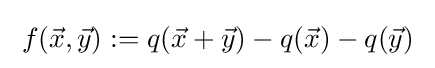
\;f({\vec {x}},{\vec {y}}):=q({\vec {x}}+{\vec {y}})-q({\vec {x}})-q({\vec {y}})\;